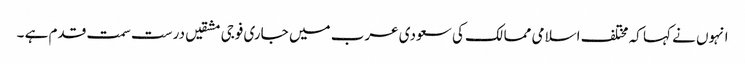
انہوں نے کہا کہ مختلف اسلامی ممالک کی سعودی عرب میں جاری فوجی مشقیں درست سمت قدم ہے ۔